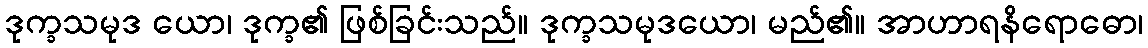
ဒုက္ခသမုဒ ယော၊ ဒုက္ခ၏ ဖြစ်ခြင်းသည်။ ဒုက္ခသမုဒယော၊ မည်၏။ အာဟာရနိရောဓော၊